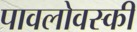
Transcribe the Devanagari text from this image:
पावलोवस्की